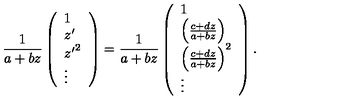
{ \frac { 1 } { a + b z } } \left( \begin{array} { l } { 1 } \\ { z ^ { \prime } } \\ { { z ^ { \prime } } ^ { 2 } } \\ { \vdots } \\ \end{array} \right) = { \frac { 1 } { a + b z } } \left( \begin{array} { l } { 1 } \\ { \left( { \frac { c + d z } { a + b z } } \right) } \\ { \left( { \frac { c + d z } { a + b z } } \right) ^ { 2 } } \\ { \vdots } \\ \end{array} \right) .